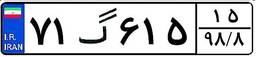
۷۱گ۶۱۵۱۵